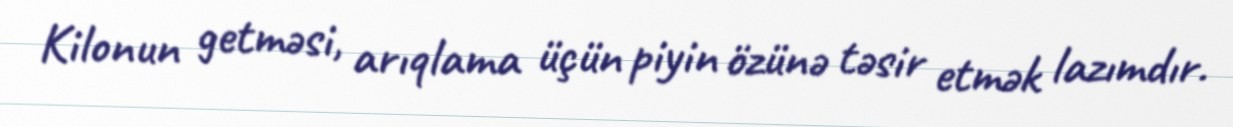
Kilonun getməsi, arıqlama üçün piyin özünə təsir etmək lazımdır.